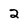
Character: 2